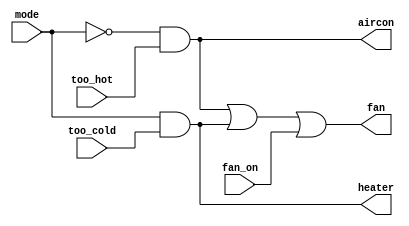
// This program was cloned from: https://github.com/viduraakalanka/HDL-Bits-Solutions
// License: The Unlicense

module top_module (
    input too_cold,
    input too_hot,
    input mode,
    input fan_on,
    output heater,
    output aircon,
    output fan
); 
	assign heater = mode && too_cold;
    assign aircon = (~mode) && too_hot;
    assign fan    = aircon || heater || fan_on;
endmodule